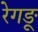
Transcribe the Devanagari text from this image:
रेगङू